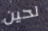
لحين